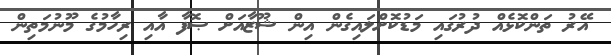
އޭރު ތަންކޮޅެއް ދުރުގައި މަޑުކޮށްލައިގެން އިން ޝޫޒާއަށް ޞޮފާ އާއި ރިހާމުގެ މޫނުމަތިން